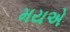
મયએ